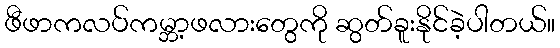
ဖီဖာကလပ်ကမ္ဘာ့ဖလားတွေကို ဆွတ်ခူးနိုင်ခဲ့ပါတယ်။